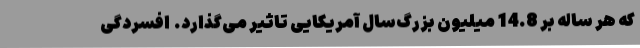
که هر ساله بر 14.8 میلیون بزرگ‌سال آمریکایی تاثیر می‌گذارد.  افسردگی